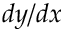
d y / d x